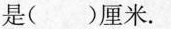
是()厘米。